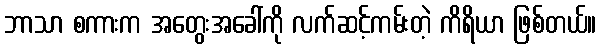
ဘာသာ စကားက အတွေးအခေါ်ကို လက်ဆင့်ကမ်းတဲ့ ကိရိယာ ဖြစ်တယ်။